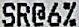
SR@6%